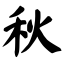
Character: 秋